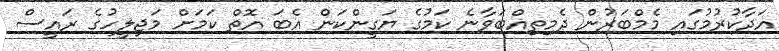
އަދާކުރުމުގައި މެމްބަރުން ދެމިތިއްބަވާނެ ކަމުގެ ޔަގީންކަން އެބަ އޮތް ކަމަށް މަޖިލީހުގެ ރައީސް